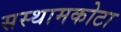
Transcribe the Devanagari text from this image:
सस्थामकोटा